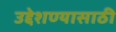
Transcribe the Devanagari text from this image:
उद्देशण्यासाठी